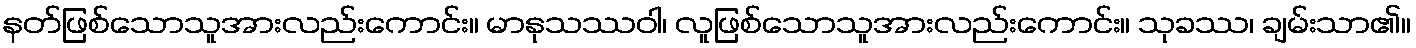
နတ်ဖြစ်သောသူအားလည်းကောင်း။ မာနုသဿဝါ၊ လူဖြစ်သောသူအားလည်းကောင်း။ သုခဿ၊ ချမ်းသာ၏။